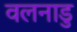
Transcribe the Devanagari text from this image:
वलनाडु